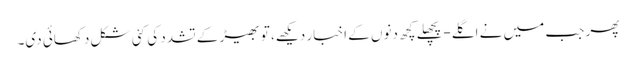
پھر جب میں نے اگلے-پچھلے کچھ دنوں کے اخبار دیکھے، تو بھیڑ کے تشدد کی کئی شکل دکھائی دی۔